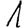
Digit: 1